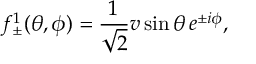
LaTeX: f _ { \pm } ^ { 1 } ( \theta , \phi ) = \frac { 1 } { \sqrt { 2 } } v \sin \theta \, e ^ { \pm i \phi } ,